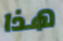
هذا